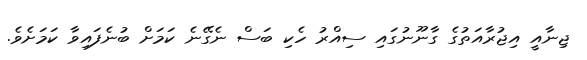
ޖިނާއީ އިޖުރާއަތުގެ ގާނޫނުގައި ސިއްރު ހެކި ބަސް ނެގޭނެ ކަމަށް ބުނެފައިވާ ކަމަށެވެ.